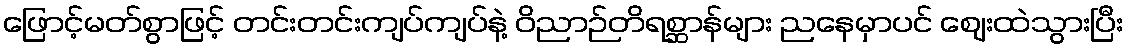
ဖြောင့်မတ်စွာဖြင့် တင်းတင်းကျပ်ကျပ်နဲ့ ဝိညာဉ်တိရစ္ဆာန်များ ညနေမှာပင် ဈေးထဲသွားပြီး